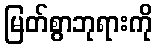
မြတ်စွာဘုရားကို